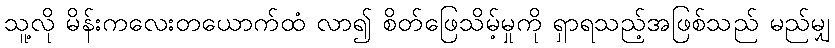
သူ့လို မိန်းကလေးတယောက်ထံ လာ၍ စိတ်ဖြေသိမ့်မှုကို ရှာရသည့်အဖြစ်သည် မည်မျှ